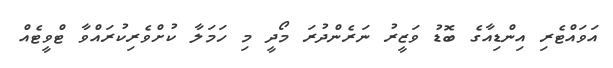
އަވައްޓެރި އިންޑިއާގެ ބޮޑު ވަޒީރު ނަރެންދުރަ މޯދީ މި ހަމަލާ ކުށްވެރިކުރައްވާ ޓްވީޓެއް